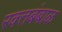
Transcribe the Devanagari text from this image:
रक्‍तबंबाळ